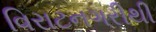
વિરાટનગરીથી